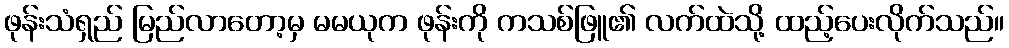
ဖုန်းသံရှည် မြည်လာတော့မှ မမယုက ဖုန်းကို ကသစ်ဖြူ၏ လက်ထဲသို့ ထည့်ပေးလိုက်သည်။